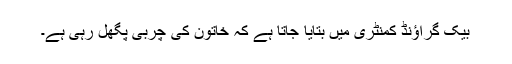
بیک گراؤنڈ کمنٹری میں بتایا جاتا ہے کہ خاتون کی چربی پگھل رہی ہے۔